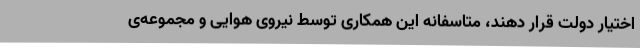
اختیار دولت قرار دهند، متاسفانه این همکاری توسط نیروی هوایی و مجموعه‌ی